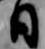
日